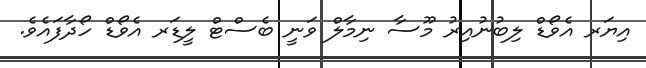
އިޔަރ އެވޯޑް ލިބުނުއިރު މޫސާ ނިމާލް ވަނީ ބެސްޓް ލީޑަރ އެވޯޑް ހޯދާފައެވެ.